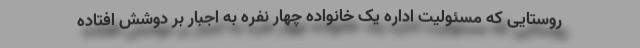
روستایی که مسئولیت اداره یک خانواده چهار نفره به اجبار بر دوشش افتاده